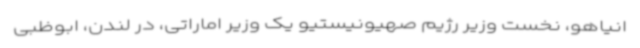
انیاهو، نخست وزیر رژیم صهیونیستیو یک وزیر اماراتی، در لندن، ابوظبی